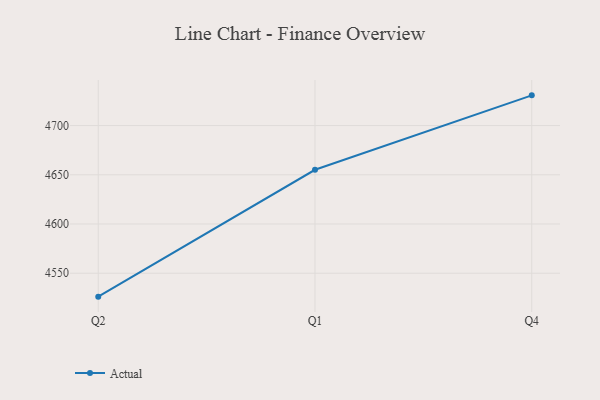
{"axis": {"x": "Quarter", "y": "Conversion Rate (%)"}, "legend": ["Actual"], "data": [{"x": "Q2", "y": 4526.2, "type": "Actual"}, {"x": "Q1", "y": 4655.1, "type": "Actual"}, {"x": "Q4", "y": 4730.7, "type": "Actual"}]}